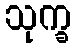
သုက္ခ